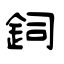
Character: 鉰